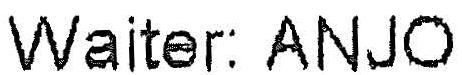
WAITER: ANJO